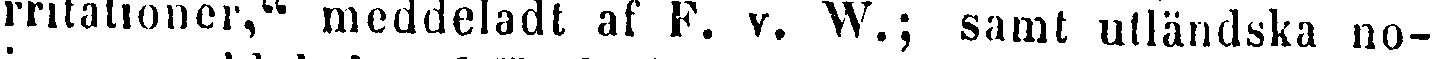
irritationer," meddeladt af F. v. W.; samt utländska no-